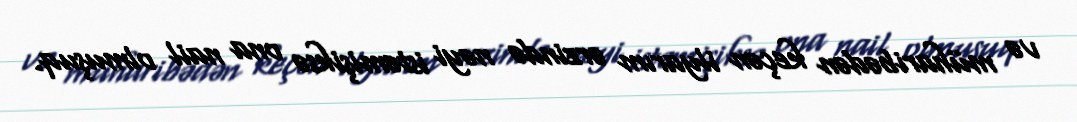
və müharibədən keçən ilyarım ərzində nəyi istəmişiksə ona nail olmuşuq.